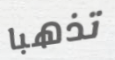
تذهبا